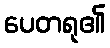
ပေတရု၏